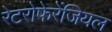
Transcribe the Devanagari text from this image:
रेटरोफेरेंजियल